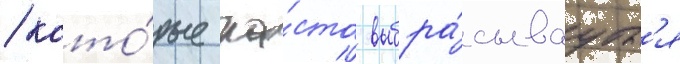
/ кото́рые ча́сто выбра́сываутс'я